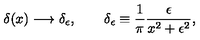
\delta ( x ) \longrightarrow \delta _ { \epsilon } , \qquad \delta _ { \epsilon } \equiv \frac { 1 } { \pi } \frac { \epsilon } { x ^ { 2 } + \epsilon ^ { 2 } } ,